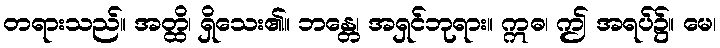
တရားသည်။ အတ္ထိ၊ ရှိသေး၏။ ဘန္တေ၊ အရှင်ဘုရား။ ဣဓ၊ ဤ အရပ်၌။ မေ၊